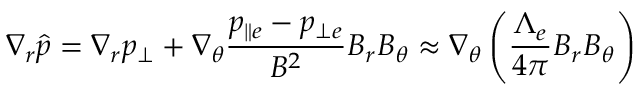
\nabla _ { r } \hat { p } = \nabla _ { r } p _ { \bot } + \nabla _ { \theta } \frac { { p _ { \parallel e } - p _ { \bot e } } } { { B ^ { 2 } } } B _ { r } B _ { \theta } \approx \nabla _ { \theta } \left( \frac { \Lambda _ { e } } { 4 \pi } B _ { r } B _ { \theta } \right)